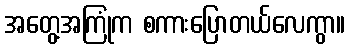
အတွေ့အကြုံက စကားပြောတယ်လေကွာ။